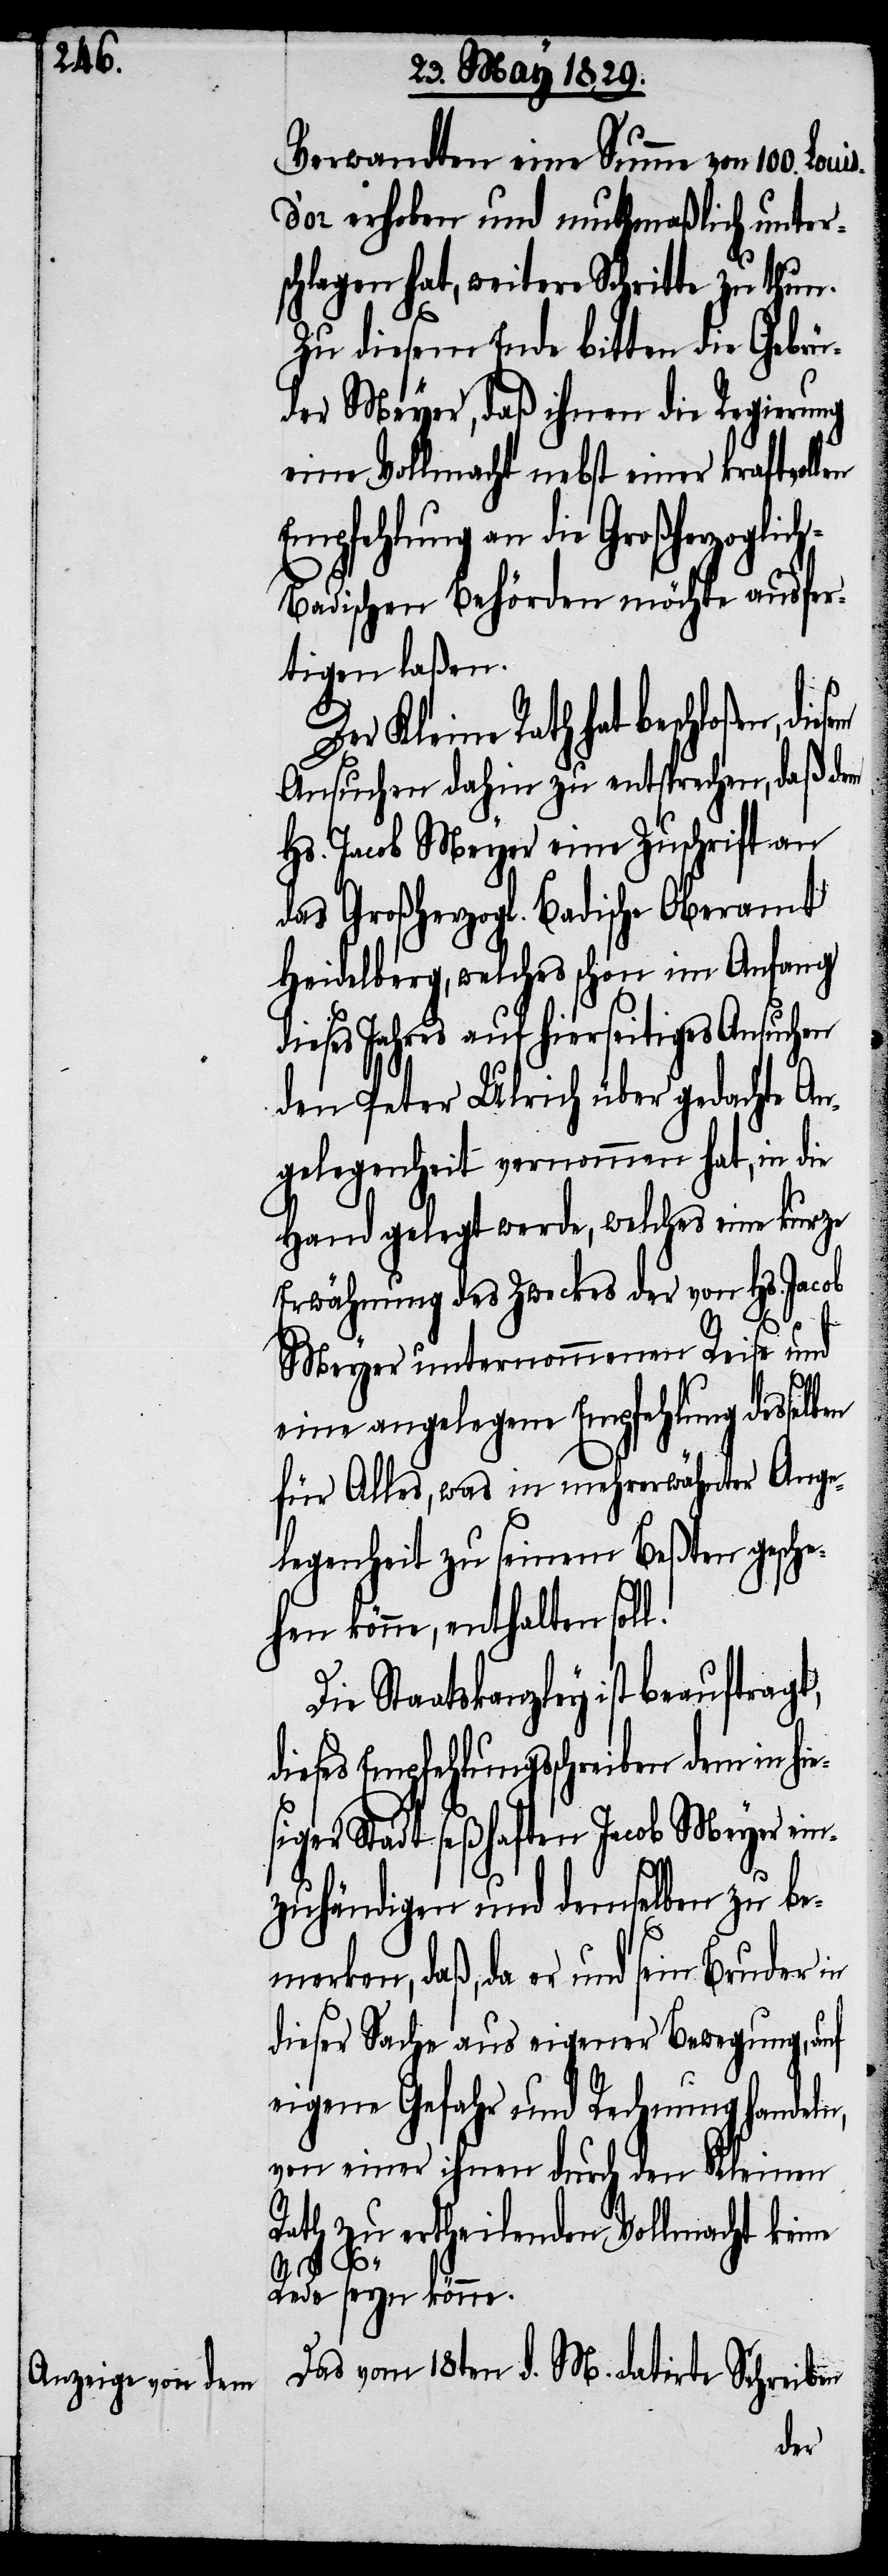
Verwandten eine Summe von 100.
erhoben und muthmaßlich unter¬
schlagen hat, weitere Schritte zu thun.
Zu diesem Ende bitten die Gebrü¬
der Meyer, daß ihnen die Regierung
eine Vollmacht nebst einer kraftvol¬
Empfehlung an die Großherzogli¬
adischen Behörden möchte ausfer¬
tigen laßen.
Der Kleine Rath hat beschloßen,
Ansuchen dahin zu entsprechen, daß dem
Hs. Jacob Meyer eine Zuschrift an
das Großherzogl. Badische Oberamt
Heidelberg, welches schon im Anfang
dieses Jahres auf hierseitiges Ansuchen
den Peter Ulrich über gedachte An¬
gelegenheit vernommen hat, in die
Hand gelegt werde, welches eine kurze
Erwähnung des Zweckes der von Hs. Jacob
Meyer unternommenen Reise und
eine angelegene Empfehlung desselben
für Alles, was in mehrerwähnter Ange¬
legenheit zu seinem Beßten gesche¬
hen könne, enthalten soll.
Die Staatskanzley ist beauftragt,
dieses Empfehlungsschreiben dem in hi¬
siger Stadt seßhaften Jacob Meyer ein¬
zuhändigen und demselben zu be¬
merken, daß, da er und sein
dieser Sache aus eigener Bewegung, auf
eigene Gefahr und Rechnung handeln,
von einer ihnen durch den Kleinen
Rath zu ertheilenden Vollmacht keine
ch-B¬
Rede seyn könne.
Das vom 19ten d. M. datirte Schreiben
e¬